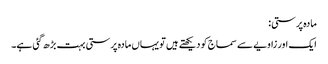
مادہ پرستی:
ایک اور زاویے سے سماج کو دیکھتے ہیں تو یہاں مادہ پرستی بہت بڑھ گئی ہے۔